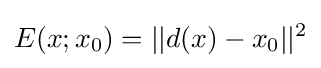
E(x;x_{0})=||d(x)-x_{0}||^{2}